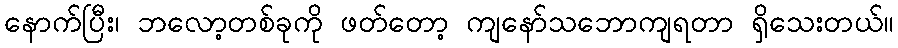
နောက်ပြီး၊ ဘလော့တစ်ခုကို ဖတ်တော့ ကျနော်သဘောကျရတာ ရှိသေးတယ်။